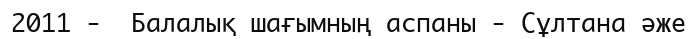
2011 -  Балалық шағымның аспаны - Сұлтана әже